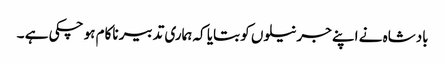
بادشاہ نے اپنے جرنیلوں کو بتایا کہ ہماری تدبیر ناکام ہو چکی ہے ۔